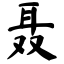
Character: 聂